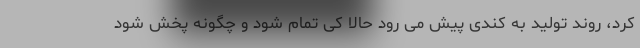
کرد، روند تولید به کندی پیش می رود حالا کی تمام شود و چگونه پخش شود